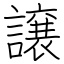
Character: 譲